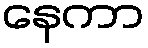
နေကာ